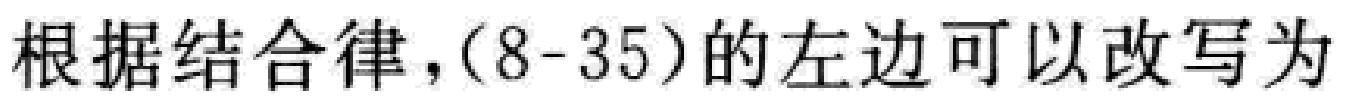
根据结合律，(8-35)的左边可以改写为